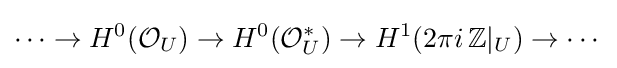
\cdots \to H^{0}({\mathcal {O}}_{U})\to H^{0}({\mathcal {O}}_{U}^{*})\to H^{1}(2\pi i\,\mathbb {Z} |_{U})\to \cdots